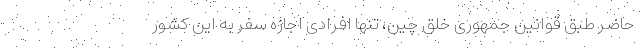
حاضر طبق قوانین جمهوری خلق چین، تنها افرادی اجازه سفر به این کشور